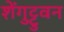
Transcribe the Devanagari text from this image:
शेंगुट्टुवन